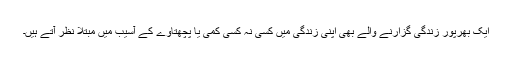
ایک بھرپُور زندگی گُزارنے والے بھی اپنی زندگی میں کسی نہ کسی کمی یا پچھتاوے کے آسیب میں مُبتلا نظر آتے ہیں۔